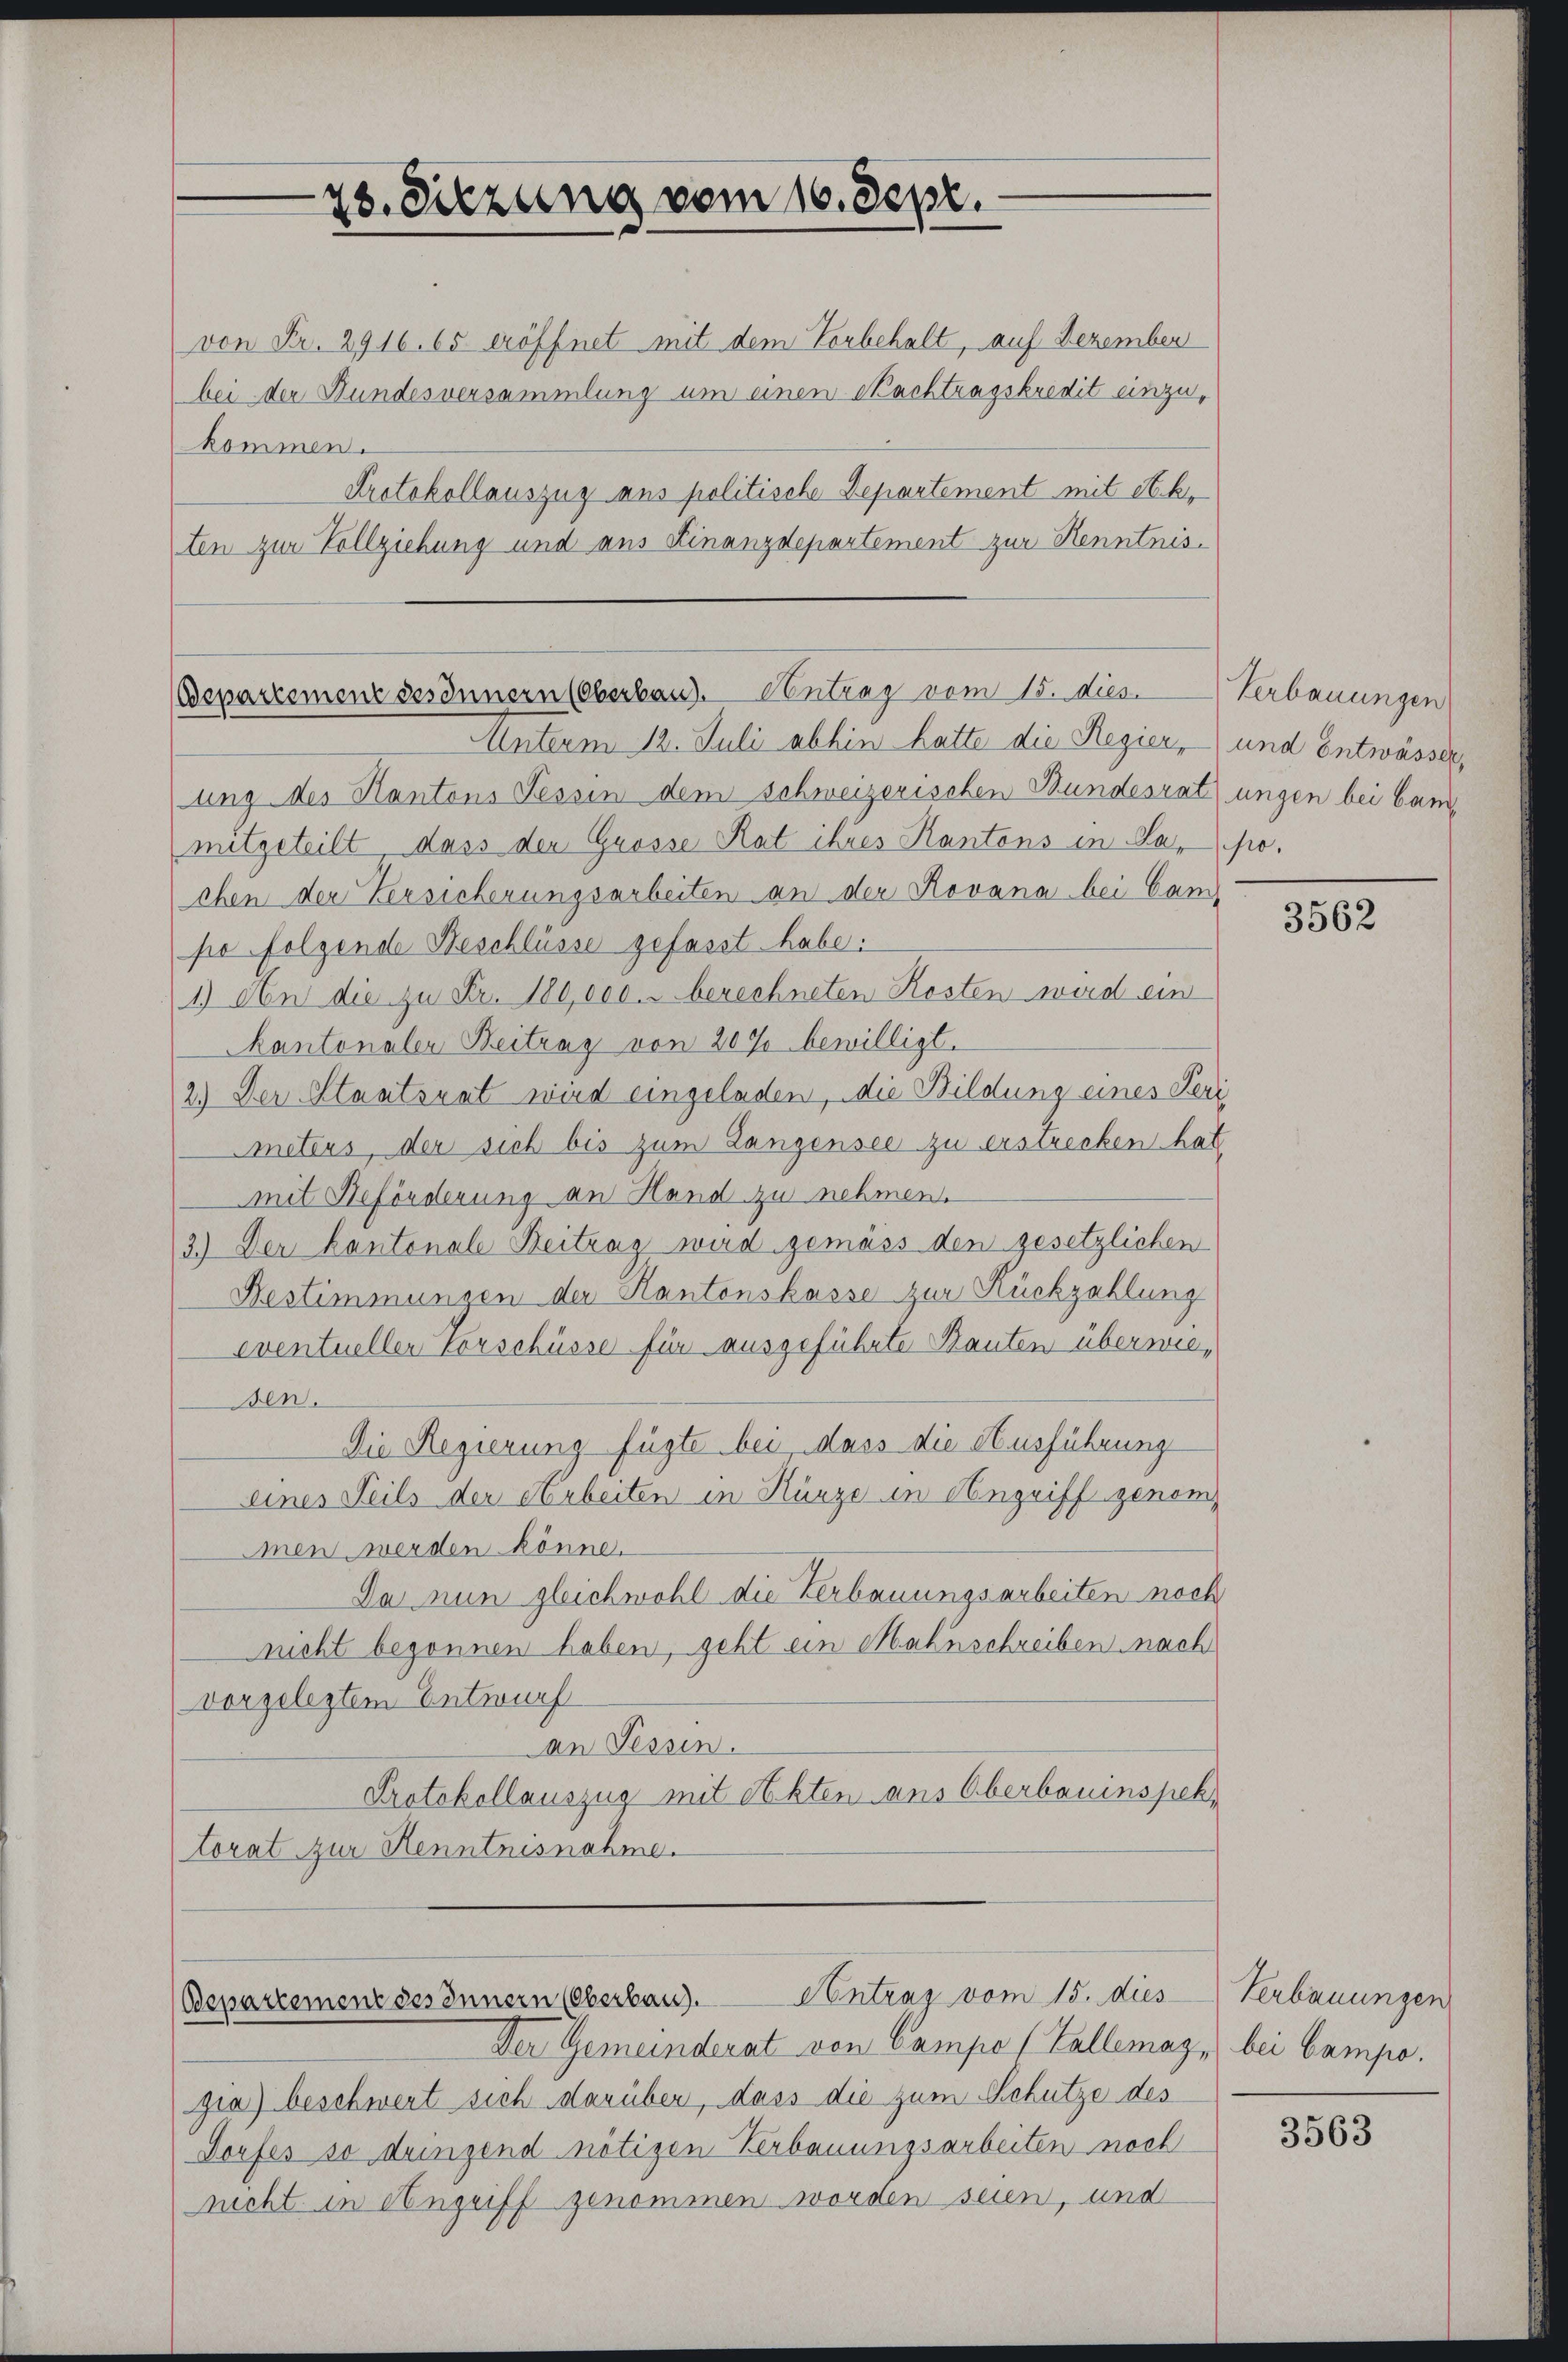
von Fr. 2916. 65 eröffnet mit dem Vorbehalt, auf Dezember
bei der Bundesversammlung um einen Nachtragskredit einzukommen.
Protokollauszug aus politische Departement mit St. b.
ten zur Vollziehung und aus Kinanzdepartement zur Kenntnis¬

28. Sitzung vom 16. Sept.

Bepartement sesonnern (Oberbau. Ventrag vom 15. dies

Unterm 12. Juli abhin hatte die Regier, und Entwässer,
ung des Kantons Tessin dem schweizerischen Bundesrat ungen bei bammitgeteilt dass den Grosse Rat ihres Kantons in Rapo
chen der Zersicherungsarbeiten an der Rovana bei Can-
pe folgende Beschlüsse gefasst habe:
1.) An die zu Fr. 180,000. u berechneten Kosten wird ein
Kantonaler Beitrag von 20% bewilligt.
2.) Der Staatsrat wird eingeladen, die Bildung eines Peri
Aneters, der sich bis zum Lanzensee zu erstrecken hat
mit Beförderung an Hand zu nehmen.
3.) Der Kantonale Beitrag wird gemäss den gesetzlichen
Bestimmungen der Kantonskasse zur Rückzahlung
eventueller Vorschüsse für ausgeführte Bauten überwie¬
Ben.
Die Regierung fügte bei Mass die Ausführung
eines Teils der Arbeiten in Kürze in Angriff genom¬
Inen werden könne.
Da nun gleichwohl die Verbauungsarbeiten noch
nicht begonnen haben, geht ein Mahnschreiben nach
vorgelegtem Entwurf
Dan Sessen.
Protokollauszug mit Akten aus Oberbauinspek
torat zur Kenntnisnahme.

Bepartement des Innern (Oberbau).

Antrag vom 15. dies Verbauungen

Verbauungen

Der Gemeinderat von Campo (Vallemaz, bei Campo.
gia) beschwert sich darüber, dass die zum Schutze des
Dorfes so dringend nötigen Verbauungsarbeiten noch
nicht in Angriff genommen worden seien, und

3562

3563